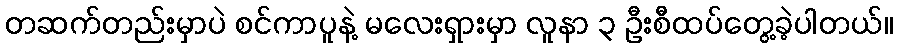
တဆက်တည်းမှာပဲ စင်ကာပူနဲ့ မလေးရှားမှာ လူနာ ၃ ဦးစီထပ်တွေ့ခဲ့ပါတယ်။